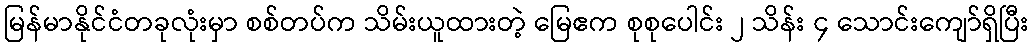
မြန်မာနိုင်ငံတခုလုံးမှာ စစ်တပ်က သိမ်းယူထားတဲ့ မြေဧက စုစုပေါင်း ၂ သိန်း ၄ သောင်းကျော်ရှိပြီး